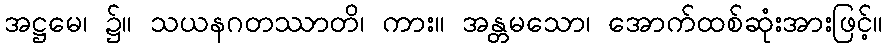
အဋ္ဌမေ၊ ၌။ သယနဂတဿာတိ၊ ကား။ အန္တမသော၊ အောက်ထစ်ဆုံးအားဖြင့်။